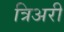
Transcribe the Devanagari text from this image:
त्रिअरी